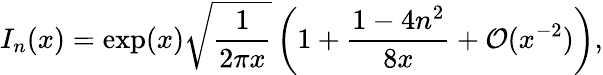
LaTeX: I_{n}(x)=\exp(x)\sqrt{\frac{1}{2\pi x}}\left(1+\frac{1-4n^{2}}{8x}+\mathcal{O}(x^{-2})\right),